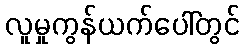
လူမှုကွန်ယက်ပေါ်တွင်